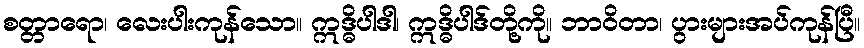
စတ္တာရော၊ လေးပါးကုန်သော။ ဣဒ္ဓိပါဒါ၊ ဣဒ္ဓိပါဒ်တို့ကို။ ဘာဝိတာ၊ ပွားများအပ်ကုန်ပြီ။